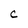
Character: C